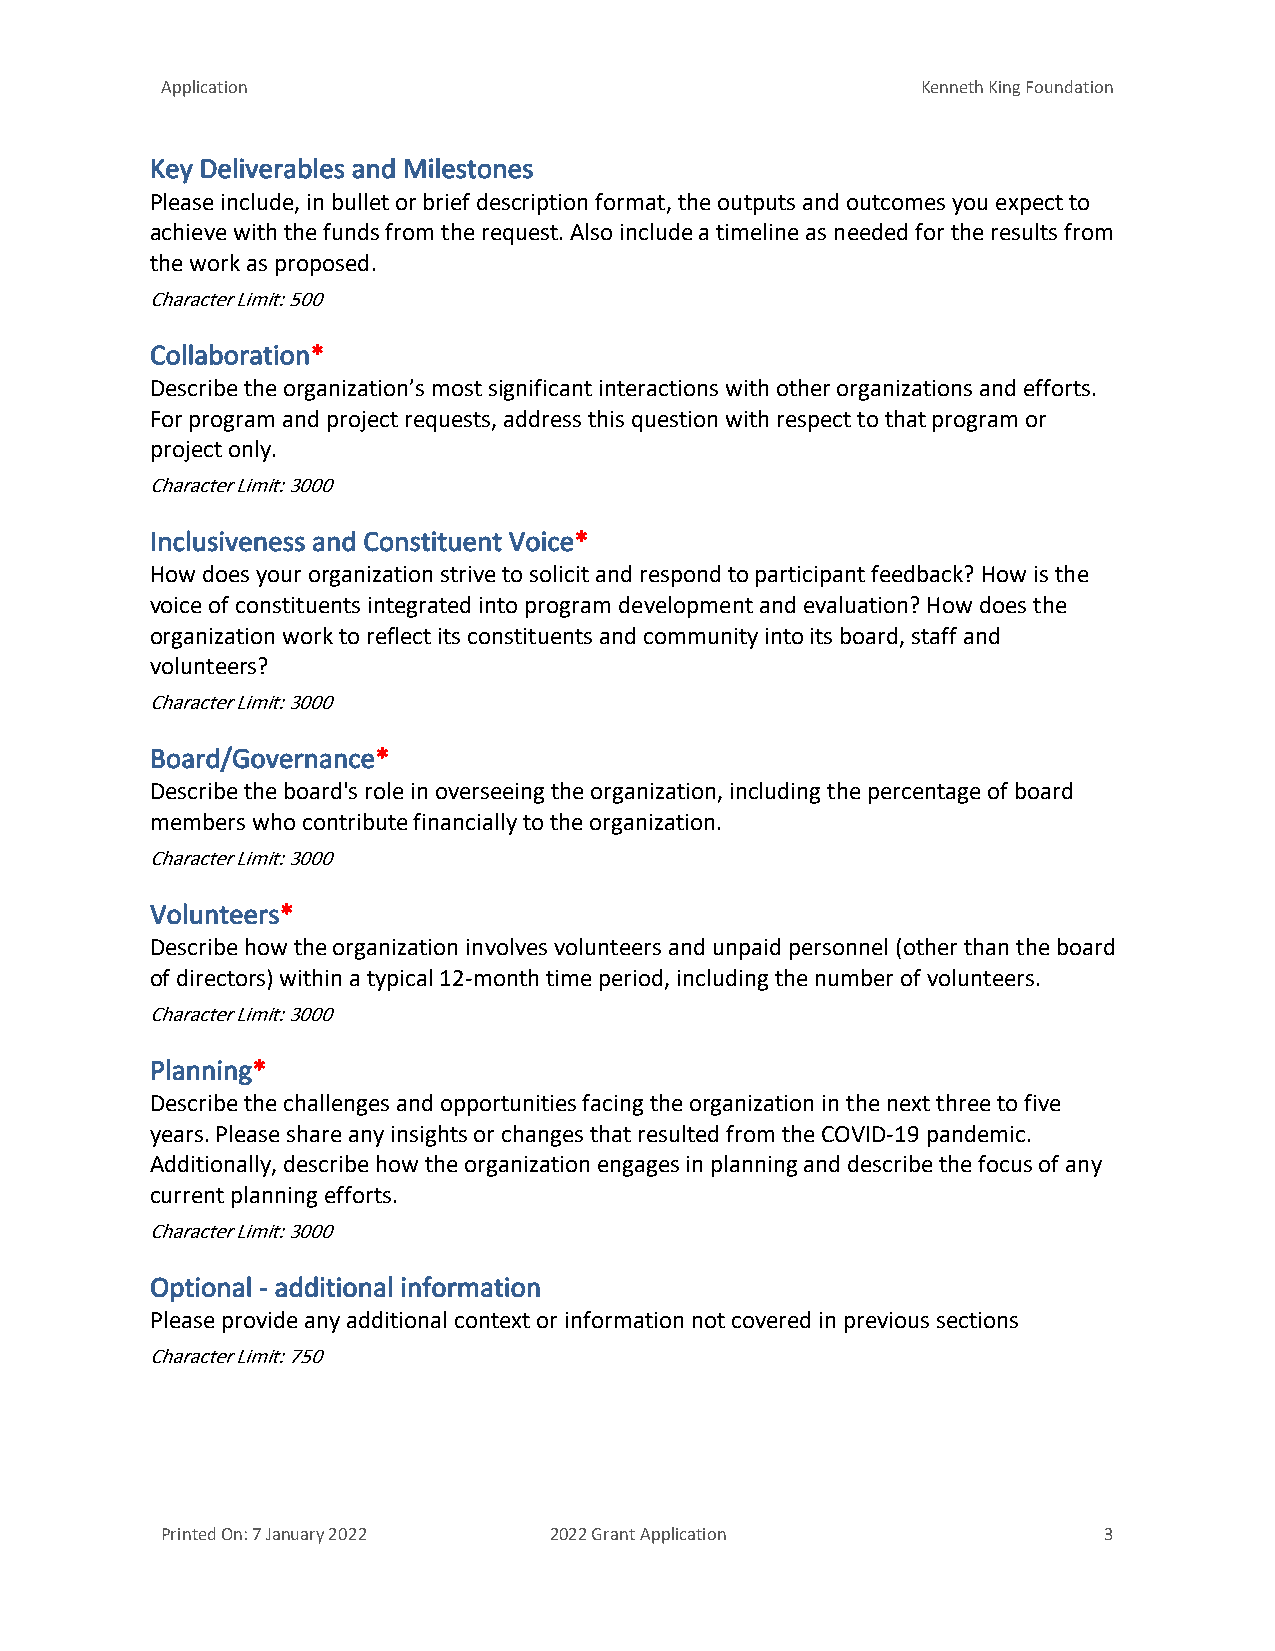
Application                                       Kenneth King Foundation
 Key Deliverables and Milestones
 Please include, in bullet or brief description format, the outputs and outcomes you expect to
 achieve with the funds from the request. Also include a timeline as needed for the results from
 the work as proposed.
 Character Limit: 500
 Collaboration*
 Describe the organization’s most significant interactions with other organizations and efforts.
 For program and project requests, address this question with respect to that program or
 project only.
 Character Limit: 3000
 Inclusiveness and Constituent Voice*
 How does your organization strive to solicit and respond to participant feedback? How is the
 voice of constituents integrated into program development and evaluation? How does the
 organization work to reflect its constituents and community into its board, staff and
 volunteers?
 Character Limit: 3000
 Board/Governance*
 Describe the board's role in overseeing the organization, including the percentage of board
 members who contribute financially to the organization.
 Character Limit: 3000
 Volunteers*
 Describe how the organization involves volunteers and unpaid personnel (other than the board
 of directors) within a typical 12-month time period, including the number of volunteers.
 Character Limit: 3000
 Planning*
 Describe the challenges and opportunities facing the organization in the next three to five
 years. Please share any insights or changes that resulted from the COVID-19 pandemic.
 Additionally, describe how the organization engages in planning and describe the focus of any
 current planning efforts.
 Character Limit: 3000
 Optional - additional information
 Please provide any additional context or information not covered in previous sections
 Character Limit: 750
 Printed On: 7 January 2022 2022 Grant Application             3